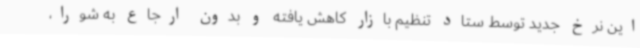
این نرخ جدید توسط ستاد تنظیم بازار کاهش یافته و بدون ارجاع به شورا،